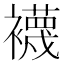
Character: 襪